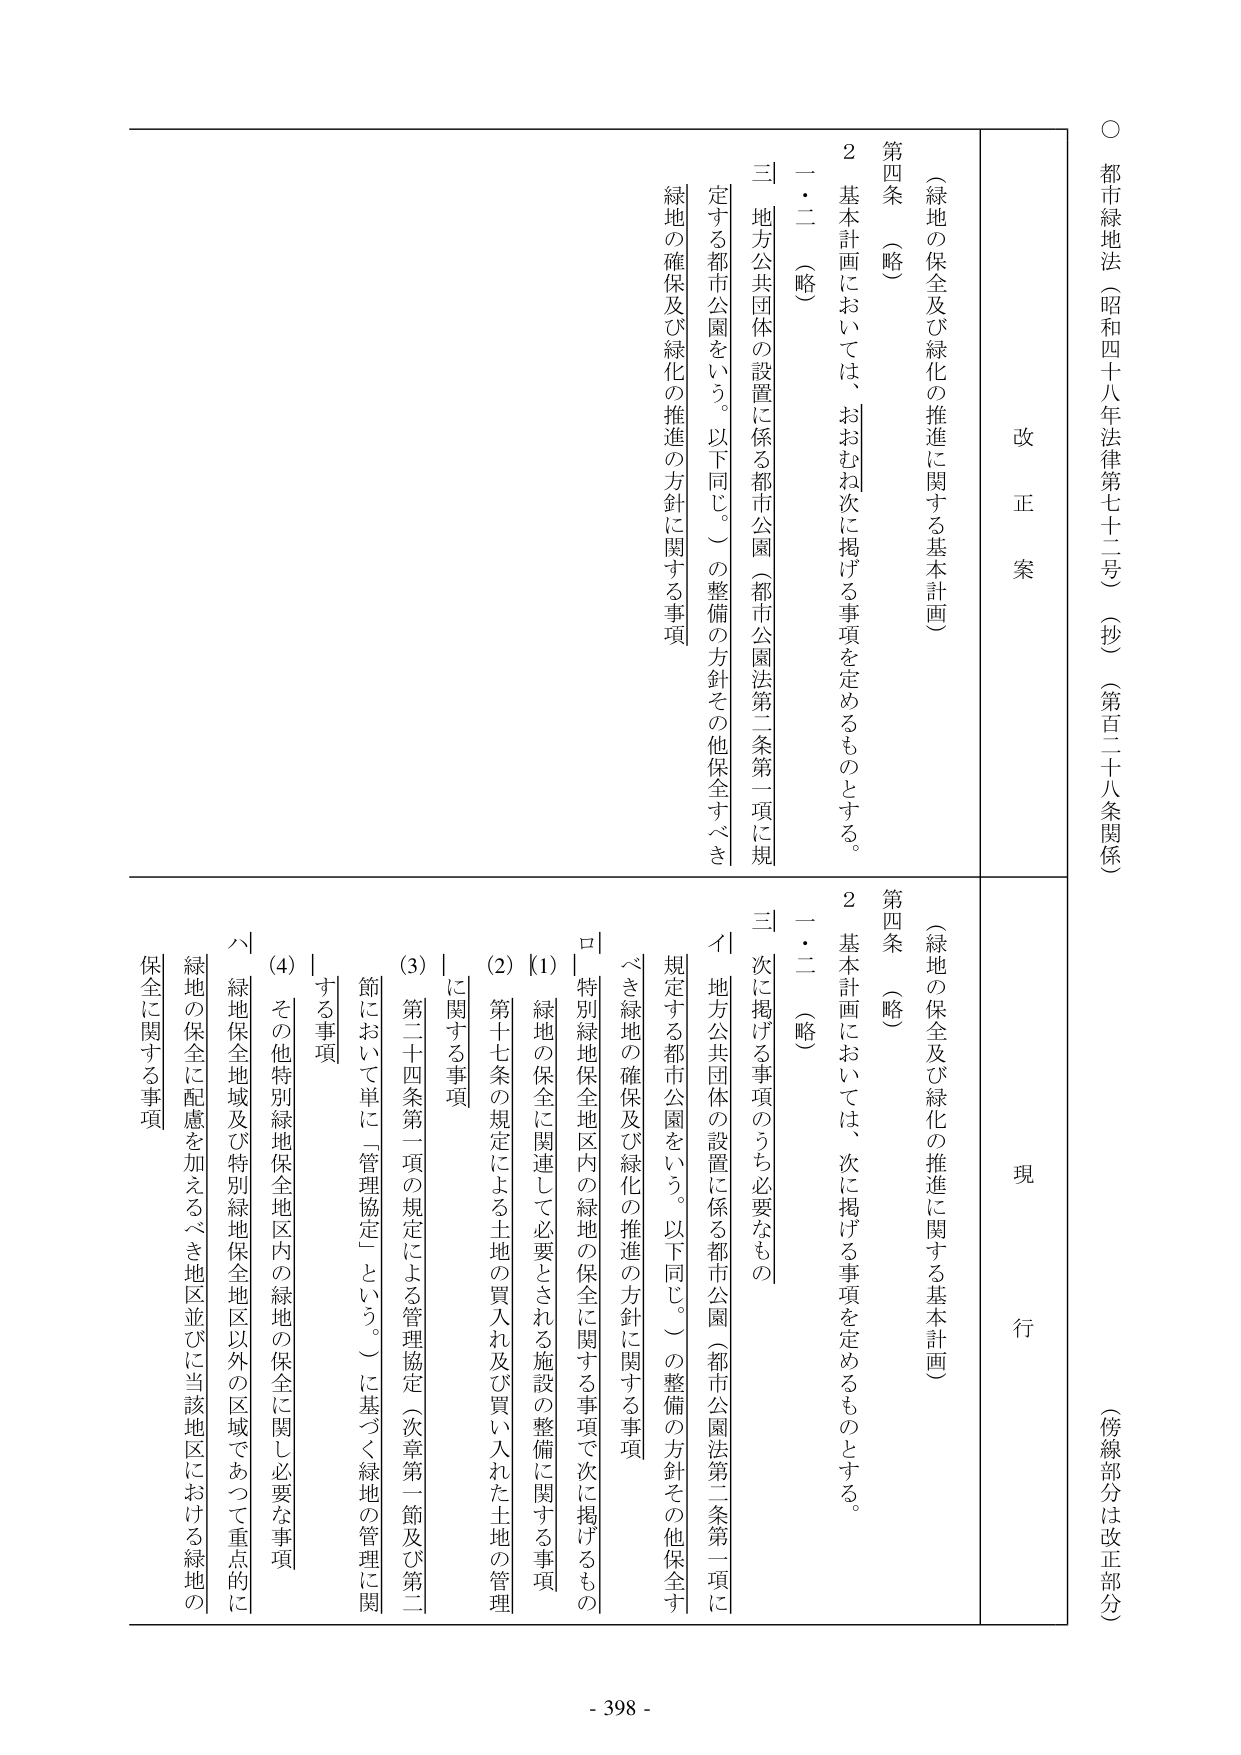
○都市緑地法（昭和四十八年法律第七十二号）（抄）（第百二十八条関係）
（傍線部分は改正部分）

改正案
（緑地の保全及び緑化の推進に関する基本計画）
第四条（略）
　２　基本計画においては、おおむね次に掲げる事項を定めるものとする。
　一・二（略）
　三　地方公共団体の設置に係る都市公園（都市公園法第二条第一項に規定する都市公園をいう。以下同じ。）の整備の方針その他保全すべき緑地の確保及び緑化の推進の方針に関する事項

現行
（緑地の保全及び緑化の推進に関する基本計画）
第四条（略）
　２　基本計画においては、次に掲げる事項を定めるものとする。
　一・二（略）
　三　次に掲げる事項のうち必要なもの
　　イ　地方公共団体の設置に係る都市公園（都市公園法第二条第一項に規定する都市公園をいう。以下同じ。）の整備の方針その他保全すべき緑地の確保及び緑化の推進の方針に関する事項
　　ロ　特別緑地保全地区内の緑地の保全に関する事項で次に掲げるものの
　　　(1)　緑地の保全に関連して必要とされる施設の整備に関する事項
　　　(2)　第十七条の規定による土地の買入れ及び買い入れた土地の管理に関する事項
　　　(3)　第二十四条第一項の規定による管理協定（次章第一節及び第二節において単に「管理協定」という。）に基づく緑地の管理に関する事項
　　　(4)　その他特別緑地保全地区内の緑地の保全に関し必要な事項
　　ハ　緑地保全地域及び特別緑地保全地区以外の区域であって重点的に緑地の保全に配慮を加えるべき地区並びに当該地区における緑地の保全に関する事項

- 398 -